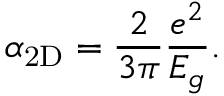
\alpha _ { \mathrm { 2 D } } = \frac { 2 } { 3 \pi } \frac { e ^ { 2 } } { E _ { g } } .